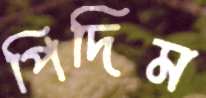
পিদিম